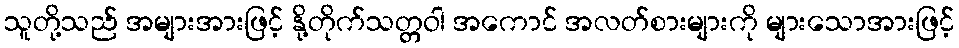
သူတို့သည် အများအားဖြင့် နို့တိုက်သတ္တဝါ အကောင် အလတ်စားများကို များသောအားဖြင့်